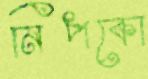
নিপকো